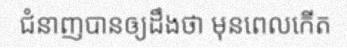
ជំនាញបានឲ្យដឹងថា មុនពេលកើត